Indian journal of veterinary science and animal husbandry - Volume 10,
Year: 1940
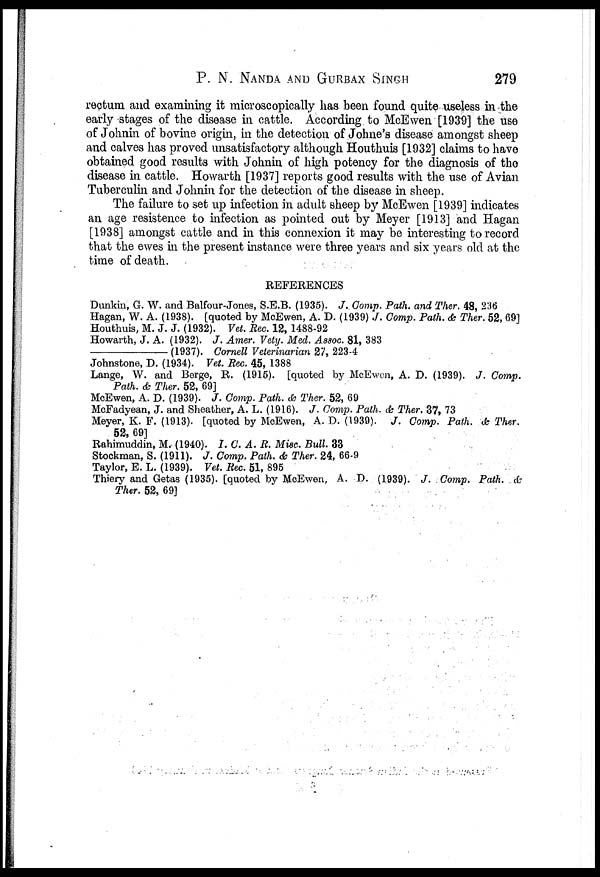
P. N. NANDA AND GURBAX SINGH 279
rectum and examining it microscopically has been found quite useless in the
early stages of the disease in cattle. According to McEwen [1939] the use
of Johnin of bovine origin, in the detection of Johne's disease amongst sheep
and calves has proved unsatisfactory although Houthuis [1932] claims to have
obtained good results with Johnin of high potency for the diagnosis of the
disease in cattle. Howarth [1937] reports good results with the use of Avian
Tuberculin and Johnin for the detection of the disease in sheep.
The failure to set up infection in adult sheep by McEwen [1939] indicates
an age resistence to infection as pointed out by Meyer [1913] and Hagan
[1938] amongst cattle and in this connexion it may be interesting to record
that the ewes in the present instance were three years and six years old at the
time of death.
REFERENCES
Dunkin, G. W. and Balfour-Jones, S.E.B. (1935). J. Comp. Path. and Ther. 48, 236
Hagan, W. A. (1938). [quoted by McEwen, A. D. (1939) J. Comp. Path. & Ther. 52, 69]
Houthuis, M. J. J. (1932). Vet. Rec. 12, 1488-92
Howarth, J. A. (1932). J. Amer. Vety. Med. Assoc. 81, 383
—(1937).
Cornell Veterinarian 27, 223-4
Johnstone, D. (1934). Vet. Rec. 45, 1388
Lange, W. and Berge, R. (1915). [quoted by McEwen, A. D. (1939). J. Comp.
Path. & Ther. 52, 69]
McEwen, A. D. (1939). J. Comp. Path. & Ther. 52, 69
McFadyean, J. and Sheather, A. L. (1916). J. Comp. Path. & Ther. 37, 73
Meyer, K. F. (1913). [quoted by McEwen, A. D. (1939). J. Comp. Path. & Ther.
52, 69]
Rahimuddin, M. (1940). I. C. A. R. Misc. Bull. 33
Stockman, S. (1911). J. Comp. Path. & Ther. 24, 66-9
Taylor, E. L. (1939). Vet. Rec. 51, 895
Thiery and Getas (1935). [quoted by McEwen, A. D. (1939). J. Comp. Path. &
Ther. 52, 69]